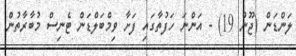
ލަންޑަން (ޖޫން 19) - އަންނަ ހަފުތާގައި ފަށާ ވިމްބަލްޑަން ޓެނިސް މުބާރާތުން